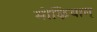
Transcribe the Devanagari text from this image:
मोऴियाम्